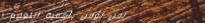
نحن نؤمن بأهمية التعليم ا